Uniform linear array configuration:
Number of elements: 4
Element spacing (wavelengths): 0.75
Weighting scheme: kaiser
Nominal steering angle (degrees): -30
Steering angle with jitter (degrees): -29.985
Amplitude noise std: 0.05
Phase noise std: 0.05

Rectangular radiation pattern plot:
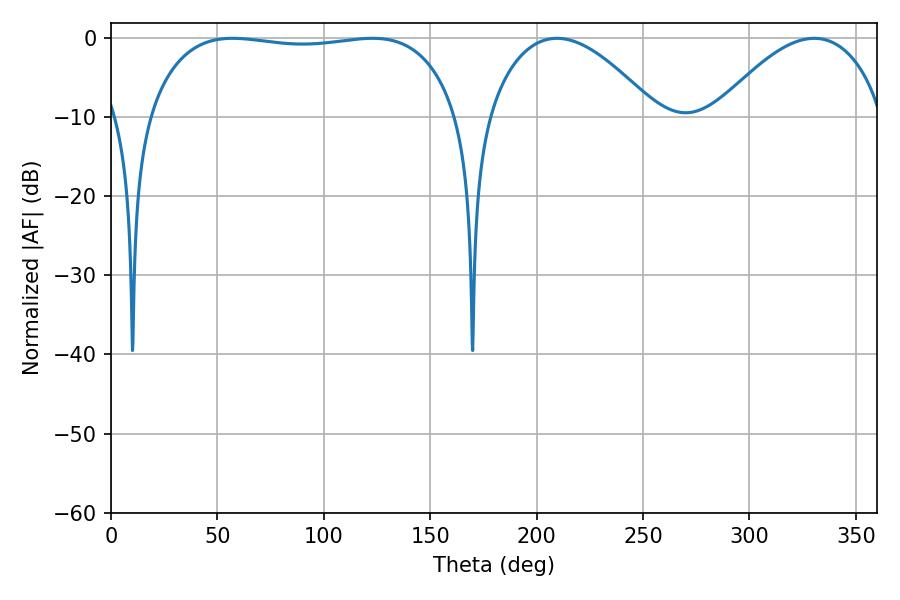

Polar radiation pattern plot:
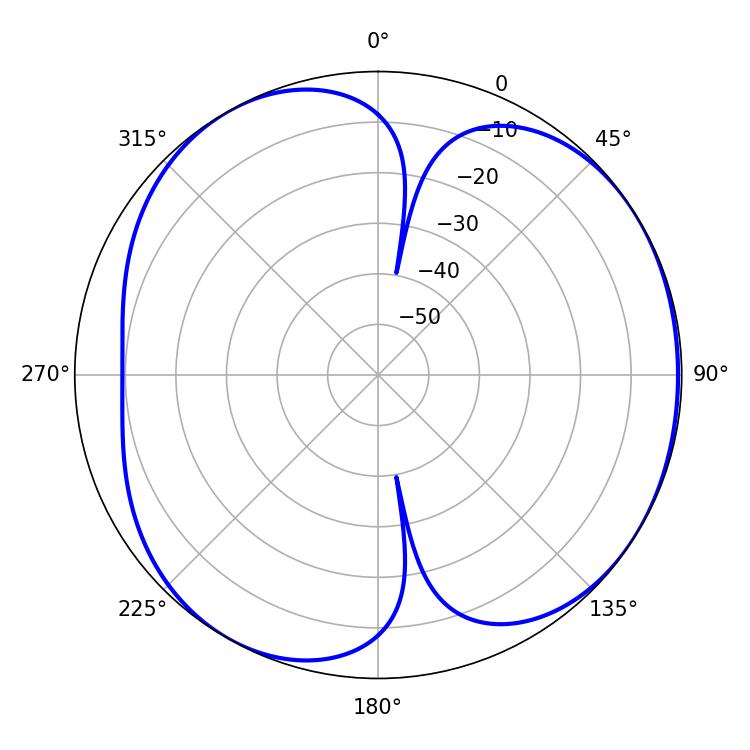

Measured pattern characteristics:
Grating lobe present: TRUE
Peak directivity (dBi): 4.752
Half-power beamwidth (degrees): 116.64
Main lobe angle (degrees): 57.06